Insane asylums in Bengal annual reports 1876-1887 - 1876-1887
Year: 1876
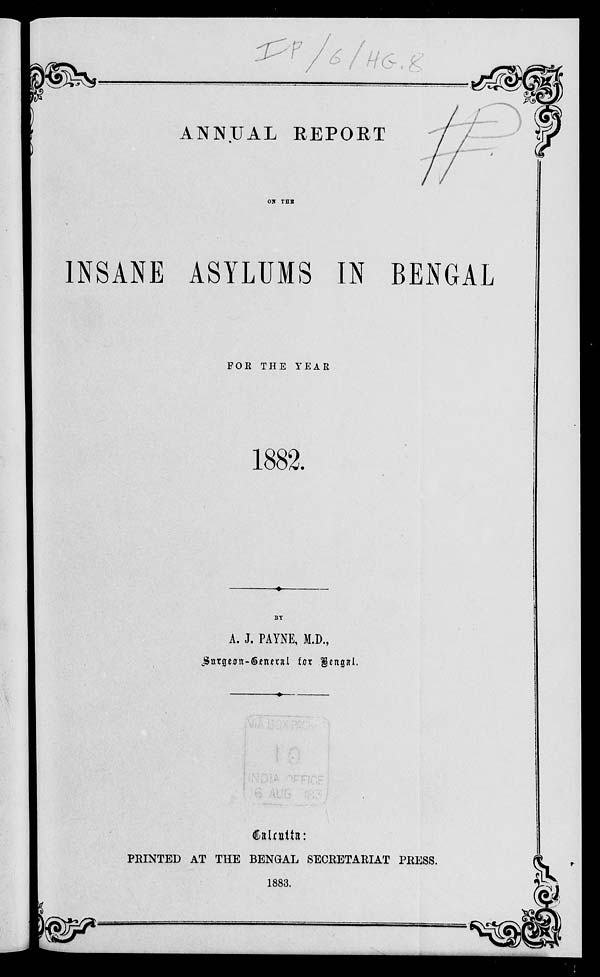
ANNUAL REPORT
ON THE
INSANE ASYLUMS IN BENGAL
FOR THE YEAR
1882.
BY
A. J. PAYNE, M.D.,
Surgeon—General for Bengal.
Calcutta:
PRINTED AT THE BENGAL SECRETARIAT PRESS.
1883.